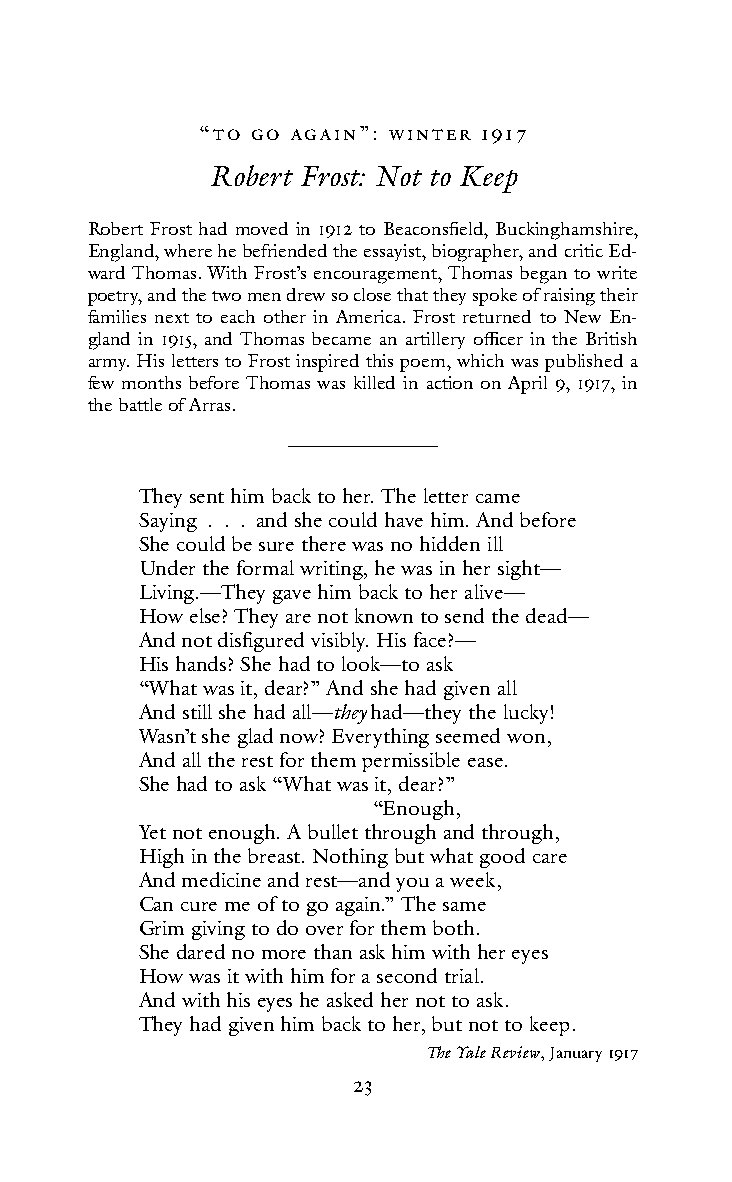
“to Go AGAIn”: WInteR 1917
 Robert Frost: Not to Keep
 Robert Frost had moved in 1912 to Beaconsfield, Buckinghamshire,
 England, where he befriended the essayist, biographer, and critic Ed-
 ward Thomas. With Frost’s encouragement, Thomas began to write
 poetry, and the two men drew so close that they spoke of raising their
 families next to each other in America. Frost returned to New En-
 gland in 1915, and Thomas became an artillery officer in the British
 army. His letters to Frost inspired this poem, which was published a
 few months before Thomas was killed in action on April 9, 1917, in
 the battle of Arras.
 They sent him back to her. The letter came
 Saying . . . and she could have him. And before
 She could be sure there was no hidden ill
 Under the formal writing, he was in her sight—
 Living.—They gave him back to her alive—
 How else? They are not known to send the dead—
 And not disfigured visibly. His face?—
 His hands? She had to look—to ask
 “What was it, dear?” And she had given all
 And still she had all—they had—they the lucky!
 Wasn’t she glad now? Everything seemed won,
 And all the rest for them permissible ease.
 She had to ask “What was it, dear?”
 “Enough,
 Yet not enough. A bullet through and through,
 High in the breast. Nothing but what good care
 And medicine and rest—and you a week,
 Can cure me of to go again.” The same
 Grim giving to do over for them both.
 She dared no more than ask him with her eyes
 How was it with him for a second trial.
 And with his eyes he asked her not to ask.
 They had given him back to her, but not to keep.
 The Yale Review, January 1917
 23